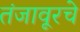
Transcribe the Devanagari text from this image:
तंजावूरचे